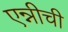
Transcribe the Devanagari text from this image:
एन्नीची